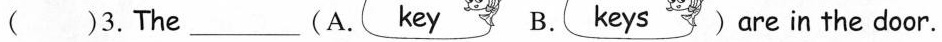
( )3.The ___(A. key B.keys are in the door.